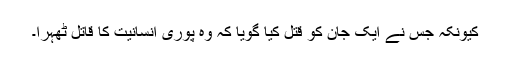
کیونکہ جس نے ایک جان کو قتل کیا گویا کہ وہ پوری انسانیت کا قاتل ٹھہرا۔